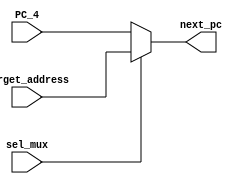
module PC_MUX
(
    input           sel_mux         ,
    input   [31:0]  PC_4            ,
    input   [31:0]  target_address  ,

    output  [31:0]  next_pc
);

    assign next_pc = sel_mux ? target_address : PC_4;
    
endmodule